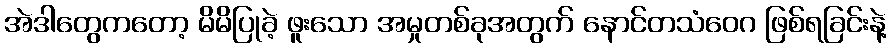
အဲဒါတွေကတော့ မိမိပြုခဲ့ ဖူးသော အမှုတစ်ခုအတွက် နောင်တသံဝေဂ ဖြစ်ရခြင်းနဲ့